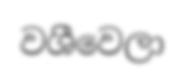
වශීවෙලා